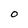
Character: 0